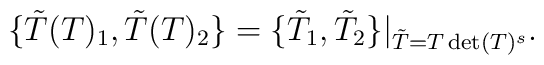
\{\tilde{T}(T)_1 ,\tilde{T}(T)_2 \}=\{\tilde{T}_1 ,\tilde{T}_2 \}|_{\tilde{T}=T\det (T)^s}.